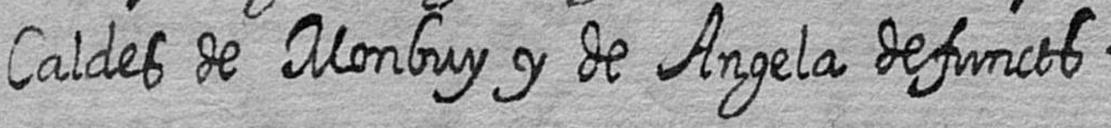
Caldes de Monbuy y de Angela defuncts